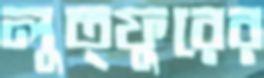
লুত্ফুরের